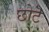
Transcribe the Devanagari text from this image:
छोटॆ